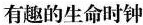
有趣的生命时钟